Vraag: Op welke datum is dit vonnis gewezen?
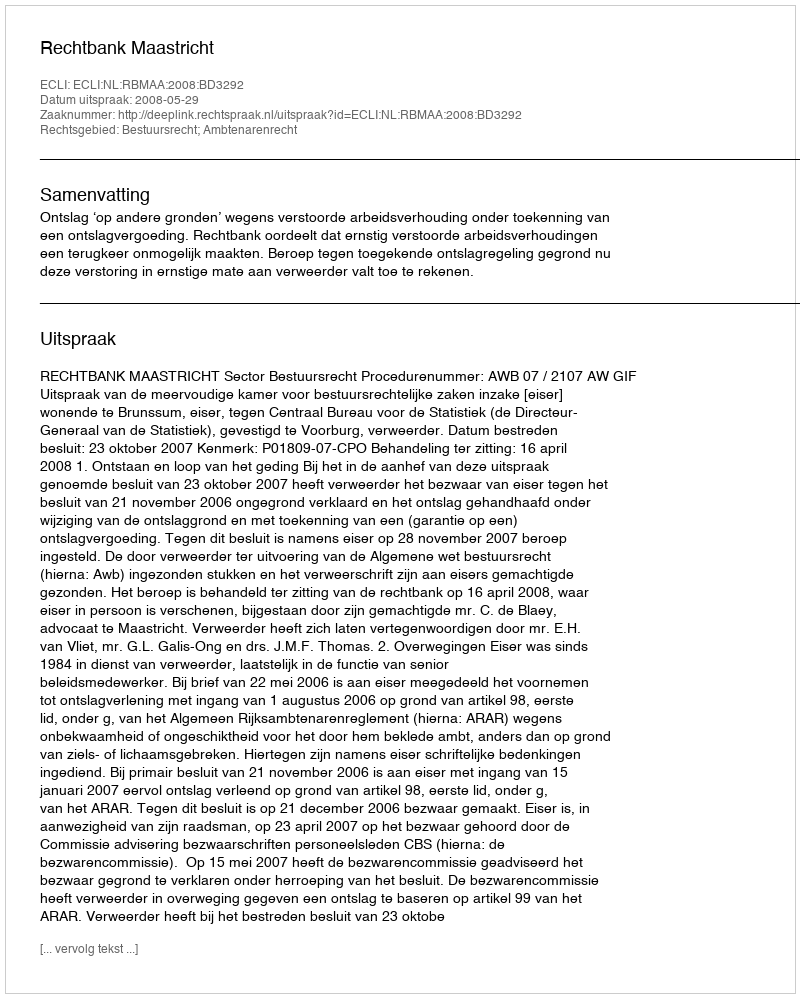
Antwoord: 2008-05-29